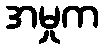
အမှုက